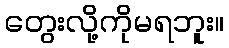
တွေးလို့ကိုမရဘူး။